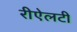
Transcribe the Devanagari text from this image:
रीऐलटी